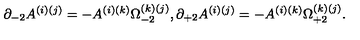
\partial _ { - 2 } A ^ { ( i ) ( j ) } = - A ^ { ( i ) ( k ) } \Omega _ { - 2 } ^ { ( k ) ( j ) } , \partial _ { + 2 } A ^ { ( i ) ( j ) } = - A ^ { ( i ) ( k ) } \Omega _ { + 2 } ^ { ( k ) ( j ) } .